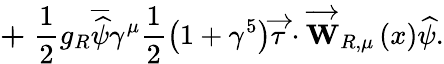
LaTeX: \mathbf{+\; }\frac{1}{2}g_{R}\overline{{{\widehat{\mathbf{\psi}}}}}\gamma^{\mu}\frac{1}{2}\left(1+\gamma^{5}\right)\overrightarrow{\tau}\cdot\overrightarrow{\mathbf{W}}_{R,\mu}\left(x\right)\widehat{\mathbf{\psi}}.